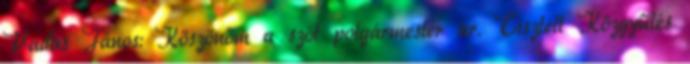
Vadas János: Köszönöm a szót polgármester úr. Tisztelt Közgyűlés